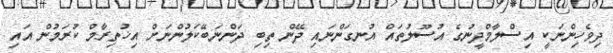
ދިވެހިންނަކީ އިސްލާމްދީނުގެ އުސޫލުތައް އުނގަންނައި ދޭން ތިބި ދަންނަބޭކަލުންނަށް އިޚުތިރާމް ކުރަމުން އައި